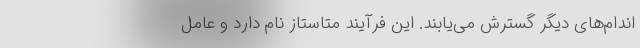
اندام‌های دیگر گسترش می‌یابند. این فرآیند متاستاز نام دارد و عامل